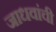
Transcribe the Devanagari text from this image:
जाधवांची